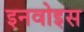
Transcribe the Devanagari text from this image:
इनवोइस